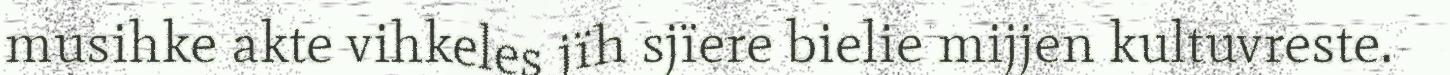
musihke akte vihkeles jïh sjïere bielie mijjen kultuvreste.